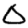
Digit: 0